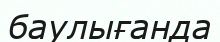
баулығанда